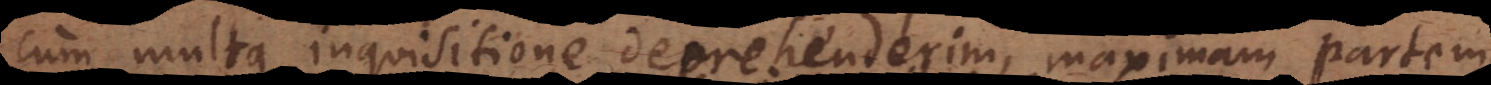
cum multa inquisitione deprehenderim, maximam parte